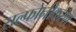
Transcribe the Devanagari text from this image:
सल्फोनीकरण